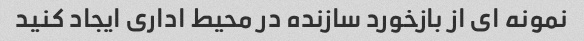
نمونه ای از بازخورد سازنده در محیط اداری ایجاد کنید